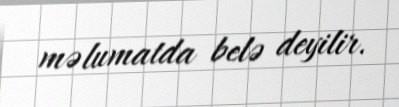
məlumatda belə deyilir.